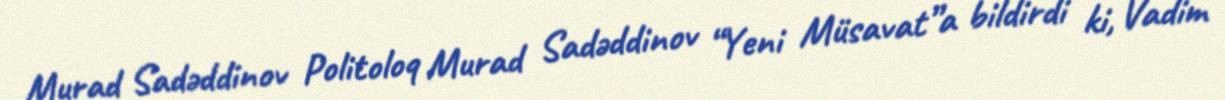
Murad Sadəddinov Politoloq Murad Sadəddinov “Yeni Müsavat”a bildirdi ki, Vadim